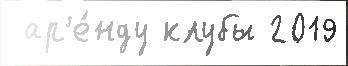
 ар'е́нду клубы 2019